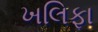
ખલિફા